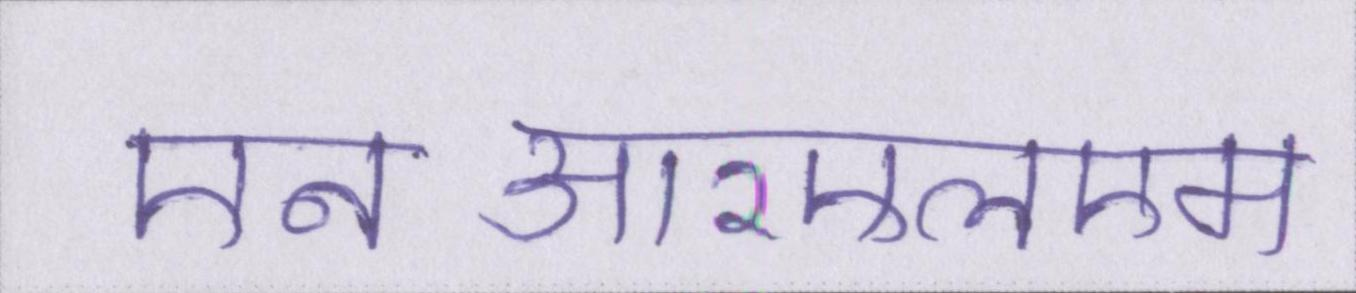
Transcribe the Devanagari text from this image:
एनआरएलएम